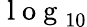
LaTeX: \mathrm{~l~o~g~}_{10}